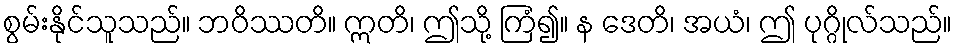
စွမ်းနိုင်သူသည်။ ဘဝိဿတိ။ ဣတိ၊ ဤသို့ ကြံ၍။ န ဒေတိ၊ အယံ၊ ဤ ပုဂ္ဂိုလ်သည်။